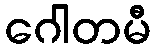
ဂေါတမီ